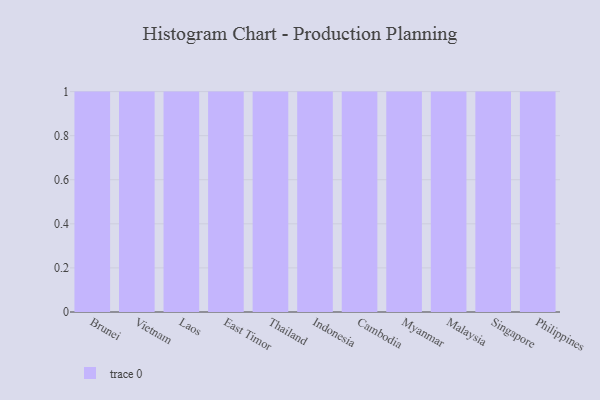
{"axis": {"x": "Country", "y": "Temperature (°C)"}, "legend": [""], "data": [{"x": "Brunei", "y": 44, "type": ""}, {"x": "Vietnam", "y": 99, "type": ""}, {"x": "Laos", "y": 64, "type": ""}, {"x": "East Timor", "y": 27, "type": ""}, {"x": "Thailand", "y": 11, "type": ""}, {"x": "Indonesia", "y": 94, "type": ""}, {"x": "Cambodia", "y": 4, "type": ""}, {"x": "Myanmar", "y": 38, "type": ""}, {"x": "Malaysia", "y": 65, "type": ""}, {"x": "Singapore", "y": 28, "type": ""}, {"x": "Philippines", "y": 37, "type": ""}]}